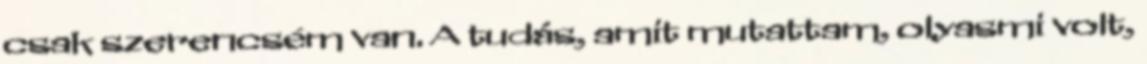
csak szerencsém van. A tudás, amit mutattam, olyasmi volt,